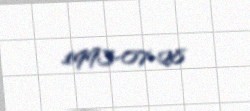
1993-07-28